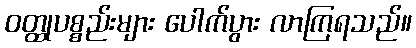
ဝတ္ထုပစ္စည်းများ ပေါက်ပွား လာကြရသည်။